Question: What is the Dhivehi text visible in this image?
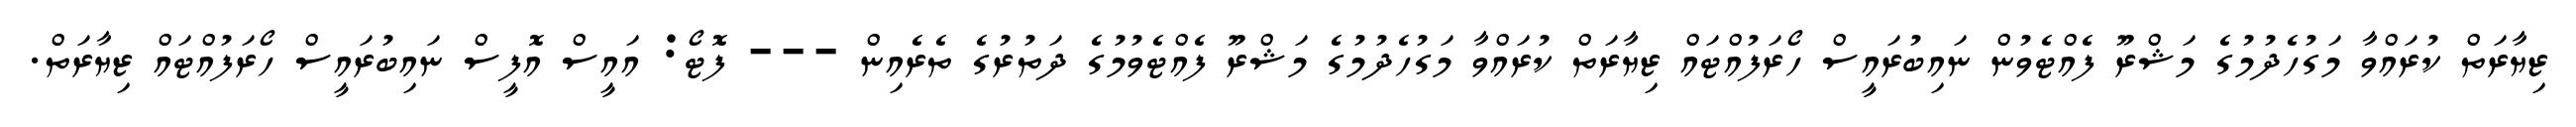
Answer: ޒިޔާރަތް ކުރައްވާ މަގުހެދުމުގެ މަޝްރޫ ފެއްޓެވުން ނައިބުރައީސް ހޯރަފުއްޓައް ޒިޔާރަތް ކުރައްވާ މަގުހެދުމުގެ މަޝްރޫ ފެއްޓެވުމުގެ ދަތުރުގެ ތެރެއިން --- ފޮޓޯ: އައީސް އޮފީސް ނައިބުރައީސް ހޯރަފުއްޓައް ޒިޔާރަތް.